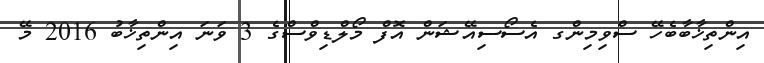
އިންތިޚާބާބެހޭ ސްވިމިންގ އެސޯސިއޭޝަން އޮފް މޯލްޑިވްސްގެ 3 ވަނަ އިންތިޚާބު 2016 މޭ